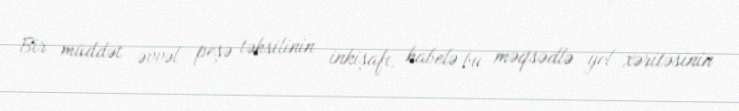
Bir müddət əvvəl peşə təhsilinin inkişafı, habelə bu məqsədlə yol xəritəsinin